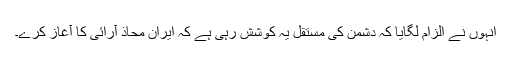
انہوں نے الزام لگایا کہ دشمن کی مستقل یہ کوشش رہی ہے کہ ایران محاذ آرائی کا آغاز کرے۔